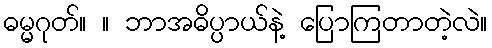
ဓမ္မဂုတ်။ ။ ဘာအဓိပ္ပာယ်နဲ့ ပြောကြတာတဲ့လဲ။